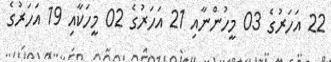
22 އަހަރުގެ 03 މީހުންނާއި 21 އަހަރުގެ 02 މީހަކާއި 19 އަހަރުގެ